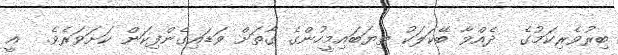
ބިރުވެރިކަމުގެ  ދެއްވާ ބޭކަލަކު ތިޔަބައިމީހުންގެ ގާތަށް ވަޑައިގެންފިކަން ކަށަވަރެވެ.  އީ